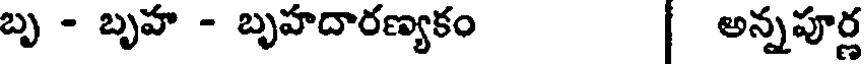
బృ - బృహ - బృహదారణ్యకం | అన్నపూర్ణ